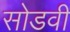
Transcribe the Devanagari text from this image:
सोडवी